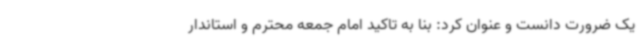
یک ضرورت دانست و عنوان کرد: بنا به تاکید امام جمعه محترم و استاندار